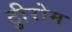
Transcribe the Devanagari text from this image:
टीुरोम